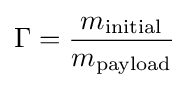
\Gamma ={\frac {m_{\text{initial}}}{m_{\text{payload}}}}